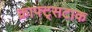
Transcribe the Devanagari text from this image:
क्राफ्ट्सटाक